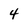
Character: 4